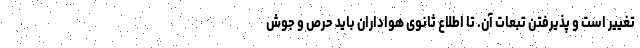
تغییر است و پذیرفتن تبعات آن. تا اطلاع ثانوی هواداران باید حرص و جوش